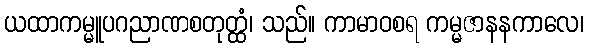
ယထာကမ္မူပဂညာဏစတုတ္ထံ၊ သည်။ ကာမာဝစရ ကမ္မဇာနနကာလေ၊